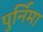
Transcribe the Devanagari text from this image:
पुर्निमा